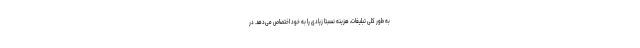
به طور کلی تبلیغات، هزینه نسبتا زیادی را به خود اختصاص می‌دهد. در